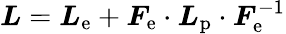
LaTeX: \boldsymbol{L}=\boldsymbol{L}_{\mathrm{e}}+\boldsymbol{F}_{\mathrm{e}}\cdot\boldsymbol{L}_{\mathrm{p}}\cdot\boldsymbol{F}_{\mathrm{e}}^{-1}